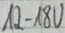
Text: 12-18V